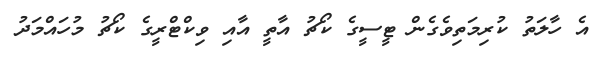
އެ ހާލަތު ކުރިމަތިވެގެން ޓީސީގެ ކޯޗު އާތީ އާއި ވިކްޓްރީގެ ކޯޗު މުހައްމަދު